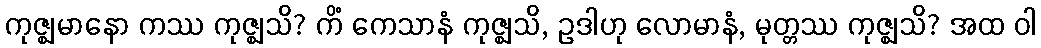
ကုဇ္ဈမာနော ကဿ ကုဇ္ဈသိ? ကိံ ကေသာနံ ကုဇ္ဈသိ, ဥဒါဟု လောမာနံ, မုတ္တဿ ကုဇ္ဈသိ? အထ ဝါ